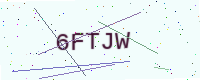
Text: 6FTJW